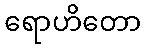
ရောဟိတော